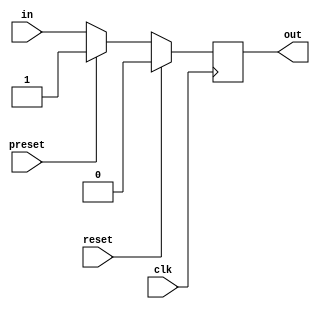
// Desgin a 8-bit ring counter using 8-bit shift register.

module d_ff(output reg out,
            input in, clk, reset, preset);

always @(negedge clk) begin
    if (reset)
    out <= 1'b0;
    else if (preset)
    out <= 1'b1;
    else
    out <= in;
end

endmodule

module register_4(output [3:0] out,
                  input in, clk, 
                  input [3:0] reset, preset);

d_ff f0(out[0], in, clk, reset[0], preset[0]);
d_ff f1(out[1], in, clk, reset[1], preset[1]);
d_ff f2(out[2], in, clk, reset[2], preset[2]);
d_ff f3(out[3], in, clk, reset[3], preset[3]);

endmodule

module register_8(output [7:0]out,
                  input in, clk,
                  input [7:0] reset, preset);

register_4 r0(out[3:0], in, clk, reset[3:0], preset[3:0]);
register_4 r1(out[7:4], out[3] ,clk, reset[7:4], preset[7:4]);

endmodule

module ring_counter(output [7:0] out,
                    input in, clk, set);
                    
wire [7:0] reset, preset;
assign reset = set ? (8'b1111_1110) : 8'b0;
assign preset = set ? (8'b1) : 8'b0;

register_8 R(out,in,clk,reset,preset);
endmodule